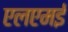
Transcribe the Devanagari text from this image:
एलएमई